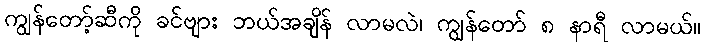
ကျွန်တော့်ဆီကို ခင်ဗျား ဘယ်အချိန် လာမလဲ၊ ကျွန်တော် ၈ နာရီ လာမယ်။